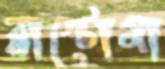
ব্লাস্টোমা